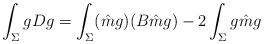
LaTeX: \begin{align*} \int_{\Sigma} gDg=\int_{\Sigma}(\hat{m}g)(B\hat{m}g)-2\int_{\Sigma} g \hat{m} g\end{align*}